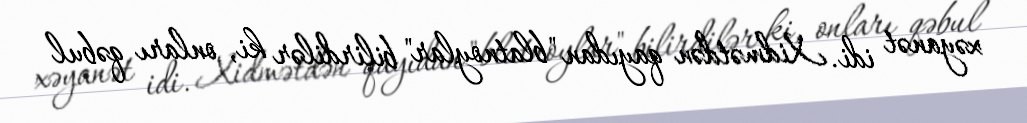
xəyanət idi. Xidmətdən qayıdan "blatnoylar" bilirdilər ki, onları qəbul